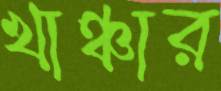
খাঞ্চার